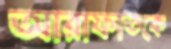
আরাফাতকে